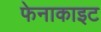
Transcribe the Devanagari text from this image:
फेनाकाइट